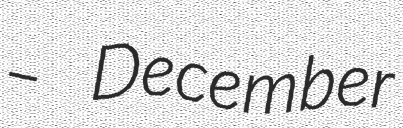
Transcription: – December